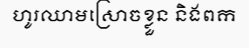
ហូរឈាមស្រោចខ្លួន និងពក